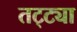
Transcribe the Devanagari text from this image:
तट्ट्या